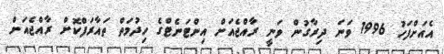
އެއަށްފަހު 1996 ވަނަ ދިރާގުން ވަނީ ރާއްޖެއަށް އިންޓަނެޓްގެ ހިދުމަތް ތައާރަފްކޮށް ރާއްޖެއަށް